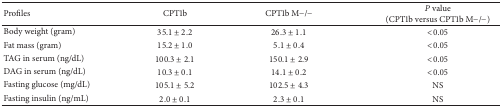
<table><thead><tr><td><b>Profiles</b></td><td><b>CPT1b</b></td><td><b>CPT1b M−/−</b></td><td><b><i>P</i> value (CPT1b versus CPT1b M−/−)</b></td></tr></thead><tbody><tr><td>Body weight (gram)</td><td>35.1 ± 2.2</td><td>26.3 ± 1.1</td><td>&lt;0.05</td></tr><tr><td>Fat mass (gram)</td><td>15.2 ± 1.0</td><td>5.1 ± 0.4</td><td>&lt;0.05</td></tr><tr><td>TAG in serum (ng/dL)</td><td>100.3 ± 2.1</td><td>150.1 ± 2.9</td><td>&lt;0.05</td></tr><tr><td>DAG in serum (ng/dL)</td><td>10.3 ± 0.1</td><td>14.1 ± 0.2</td><td>&lt;0.05</td></tr><tr><td>Fasting glucose (mg/dL)</td><td>105.1 ± 5.2</td><td>102.5 ± 4.3</td><td>NS</td></tr><tr><td>Fasting insulin (ng/mL)</td><td>2.0 ± 0.1</td><td>2.3 ± 0.1</td><td>NS</td></tr></tbody></table>